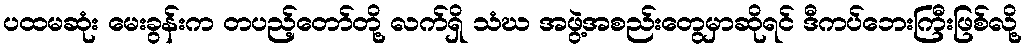
ပထမဆုံး မေးခွန်းက တပည့်တော်တို့ လက်ရှိ သံဃ အဖွဲ့အစည်းတွေမှာဆိုရင် ဒီကပ်ဘေးကြီးဖြစ်လို့